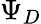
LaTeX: \Psi_{D}